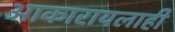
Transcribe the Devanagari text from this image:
आकारायलाही